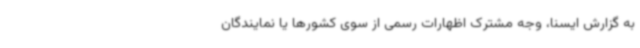
به گزارش ایسنا، وجه مشترک اظهارات رسمی از سوی کشورها یا نمایندگان